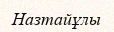
Назтайұлы